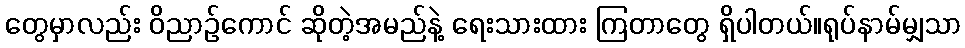
တွေမှာလည်း ဝိညာဉ်ကောင် ဆိုတဲ့အမည်နဲ့ ရေးသားထား ကြတာတွေ ရှိပါတယ်။ရုပ်နာမ်မျှသာ